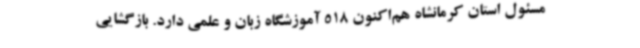
مسئول استان کرمانشاه هم‌اکنون 518 آموزشگاه زبان و علمی دارد. بازگشایی